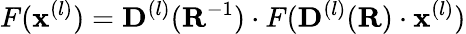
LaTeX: F(\mathbf{x}^{(l)})=\mathbf{D}^{(l)}(\mathbf{R}^{-1})\cdot F(\mathbf{D}^{(l)}(\mathbf{R})\cdot\mathbf{x}^{(l)})